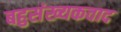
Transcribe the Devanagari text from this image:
बहुसंख्यकवाद